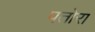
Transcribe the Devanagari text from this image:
पतोरा